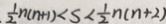
\frac { 1 } { 2 } n ( n + 1 ) < s < \frac { 1 } { 2 } n ( n + 2 )